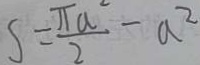
S = \frac { \pi a ^ { 2 } } { 2 } - a ^ { 2 }